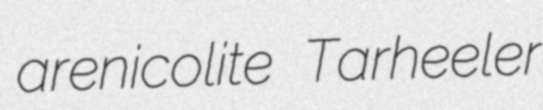
arenicolite Tarheeler